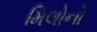
મિલોનો